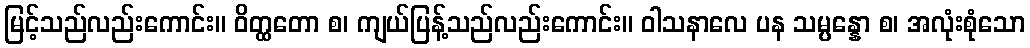
မြင့်သည်လည်းကောင်း။ ဝိတ္ထတော စ၊ ကျယ်ပြန့်သည်လည်းကောင်း။ ဝါသနာလေ ပန သမ္ပန္နော စ၊ အလုံးစုံသော